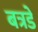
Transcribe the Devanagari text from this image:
बत्रडे